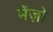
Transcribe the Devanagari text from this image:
मेंज़ो